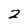
Character: 2